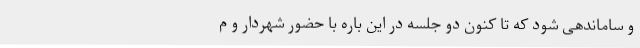
و ساماندهی شود که تا کنون دو جلسه در این‌ باره با حضور شهردار و م